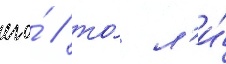
его́ / то́ л'и́